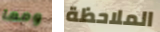
ومما الملاحظة